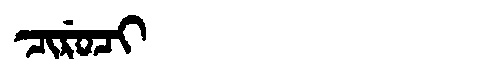
Manchu: ᠴᡳᡵᡠᠴᡳ
Romanization: CIRUCI